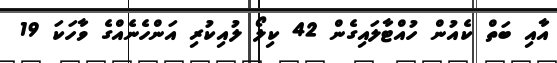
އާއި ބަތް ކެއުން ހުއްޓާލައިގެން 42 ކިލޯ ލުއިކުރި އަންހެނެއްގެ ވާހަކަ 19